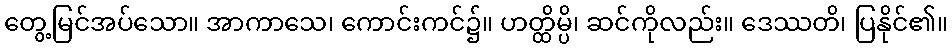
တွေ့မြင်အပ်သော။ အာကာသေ၊ ကောင်းကင်၌။ ဟတ္ထိမ္ပိ၊ ဆင်ကိုလည်း။ ဒေဿတိ၊ ပြနိုင်၏။